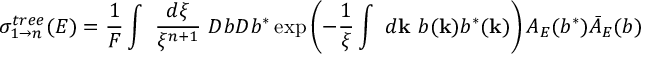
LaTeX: \sigma _ { 1 \to n } ^ { t r e e } ( E ) = \frac { 1 } { F } \int ~ \frac { d \xi } { \xi ^ { n + 1 } } ~ D b D b ^ { * } \exp \left( - \frac { 1 } { \xi } \int ~ d { \bf k } ~ b ( { \bf k } ) b ^ { * } ( { \bf k } ) \right) A _ { E } ( b ^ { * } ) \bar { A } _ { E } ( b )